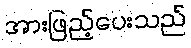
အားဖြည့်ပေးသည်